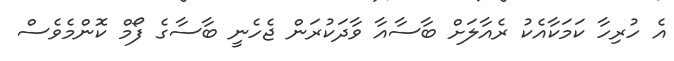
އެ ހުރިހާ ކަމަކާއެކު ރެއާލަށް ބާސާއާ ވާދަކުރަން ޖެހެނީ ބާސާގެ ފޯމް ކޮންމެވެސް